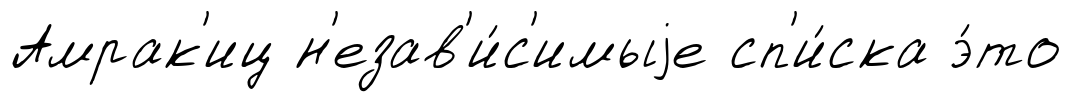
Амрак'иц н'езав'и́с'имыjе сп'и́ска э́то